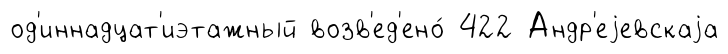
од'иннадцат'иэтажный возв'ед'ено́ 422 Андр'еjевскаjа